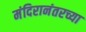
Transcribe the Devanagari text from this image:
मंदिरानंतरच्या